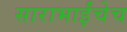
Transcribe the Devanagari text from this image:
साराभाईंचेच